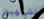
تشبهين